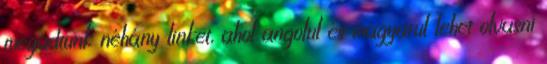
megadtunk néhány linket, ahol angolul és magyarul lehet olvasni